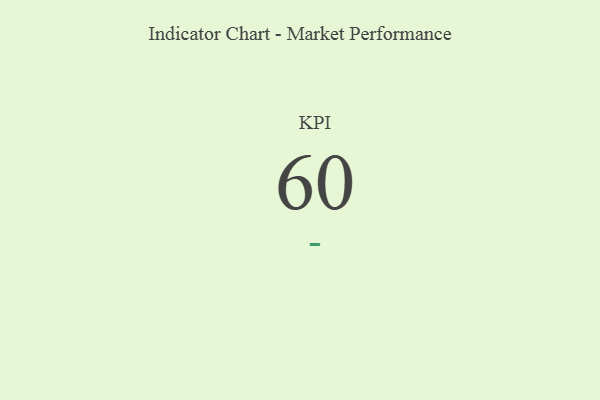
{"axis": {"x": "KPI", "y": "Value"}, "legend": [""], "data": [{"x": "KPI", "y": 60, "type": ""}]}